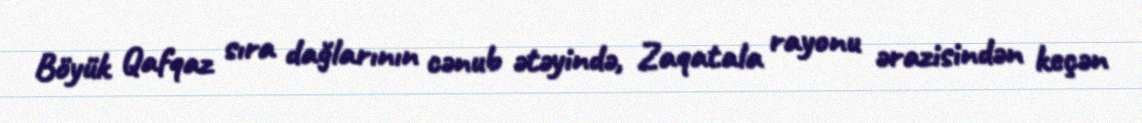
Böyük Qafqaz sıra dağlarının cənub ətəyində, Zaqatala rayonu ərazisindən keçən